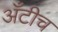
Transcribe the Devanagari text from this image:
अँटीच